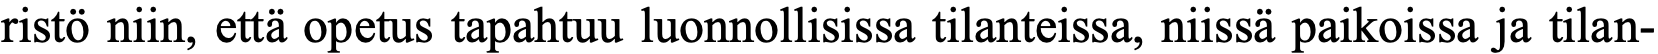
ristö niin, että opetus tapahtuu luonnollisissa tilanteissa, niissä paikoissa ja tilan-